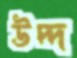
উদ্দ